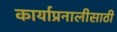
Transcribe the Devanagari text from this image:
कार्याप्रनालीसाठी